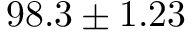
9 8 . 3 \pm 1 . 2 3 \